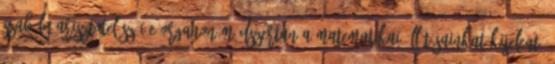
szabály Arisztotelész i.e Organon Módszertan A matematikai állításainkat kijelentő